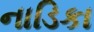
નાડિકા